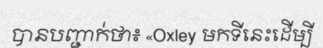
បានបញ្ជាក់ថា៖ «Oxley មកទីនេះដើម្បី